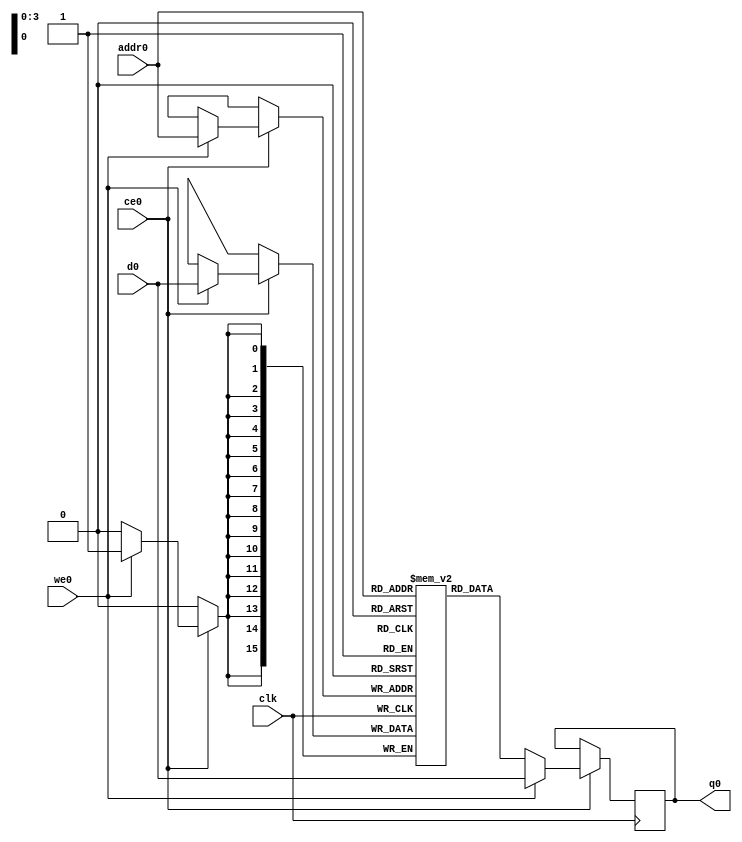
// ==============================================================
// File generated by Vivado(TM) HLS - High-Level Synthesis from C, C++ and SystemC
// Version: 2017.4
// Copyright (C) 1986-2017 Xilinx, Inc. All Rights Reserved.
// 
// ==============================================================

`timescale 1 ns / 1 ps
module conv_9_11_out_val_V_ram (addr0, ce0, d0, we0, q0,  clk);

parameter DWIDTH = 16;
parameter AWIDTH = 4;
parameter MEM_SIZE = 16;

input[AWIDTH-1:0] addr0;
input ce0;
input[DWIDTH-1:0] d0;
input we0;
output reg[DWIDTH-1:0] q0;
input clk;

(* ram_style = "distributed" *)reg [DWIDTH-1:0] ram[0:MEM_SIZE-1];




always @(posedge clk)  
begin 
    if (ce0) 
    begin
        if (we0) 
        begin 
            ram[addr0] <= d0; 
            q0 <= d0;
        end 
        else 
            q0 <= ram[addr0];
    end
end


endmodule


`timescale 1 ns / 1 ps
module conv_9_11_out_val_V(
    reset,
    clk,
    address0,
    ce0,
    we0,
    d0,
    q0);

parameter DataWidth = 32'd16;
parameter AddressRange = 32'd16;
parameter AddressWidth = 32'd4;
input reset;
input clk;
input[AddressWidth - 1:0] address0;
input ce0;
input we0;
input[DataWidth - 1:0] d0;
output[DataWidth - 1:0] q0;



conv_9_11_out_val_V_ram conv_9_11_out_val_V_ram_U(
    .clk( clk ),
    .addr0( address0 ),
    .ce0( ce0 ),
    .d0( d0 ),
    .we0( we0 ),
    .q0( q0 ));

endmodule